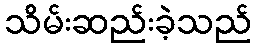
သိမ်းဆည်းခဲ့သည်